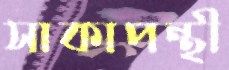
সাকাপন্থী